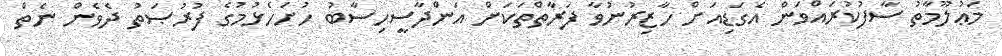
މަޢުލޫމާތު ސާފުކުރައްވަން އެގަޑިއަށް ހާޒިރުނުވާ ފަރާތްތަކަށް އަންދާސީހިސާބު ހުށަހެޅުމުގެ ފުރުޞަތު ދެވެން ނެތް